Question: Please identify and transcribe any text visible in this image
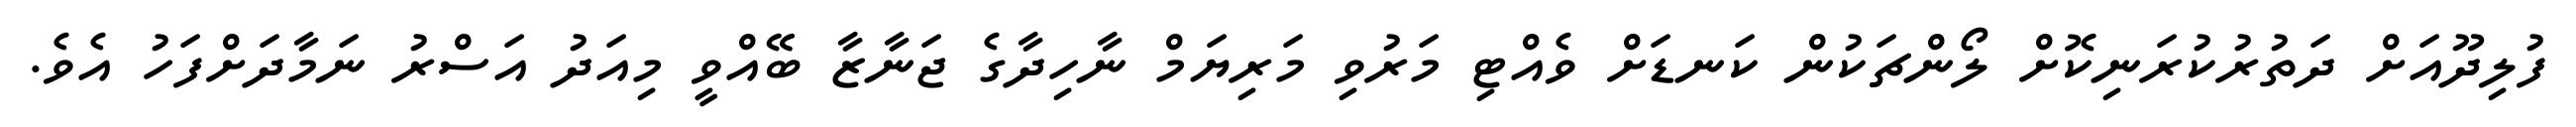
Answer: ފުލިދޫއަށް ދަތުރުކުރަނިކޮށް ލޯންޗަކުން ކަނޑަށް ވެއްޓި މަރުވި މަރިޔަމް ނާހިދާގެ ޖަނާޒާ ބޭއްވީ މިއަދު އަސްރު ނަމާދަށްފަހު އެވެ.